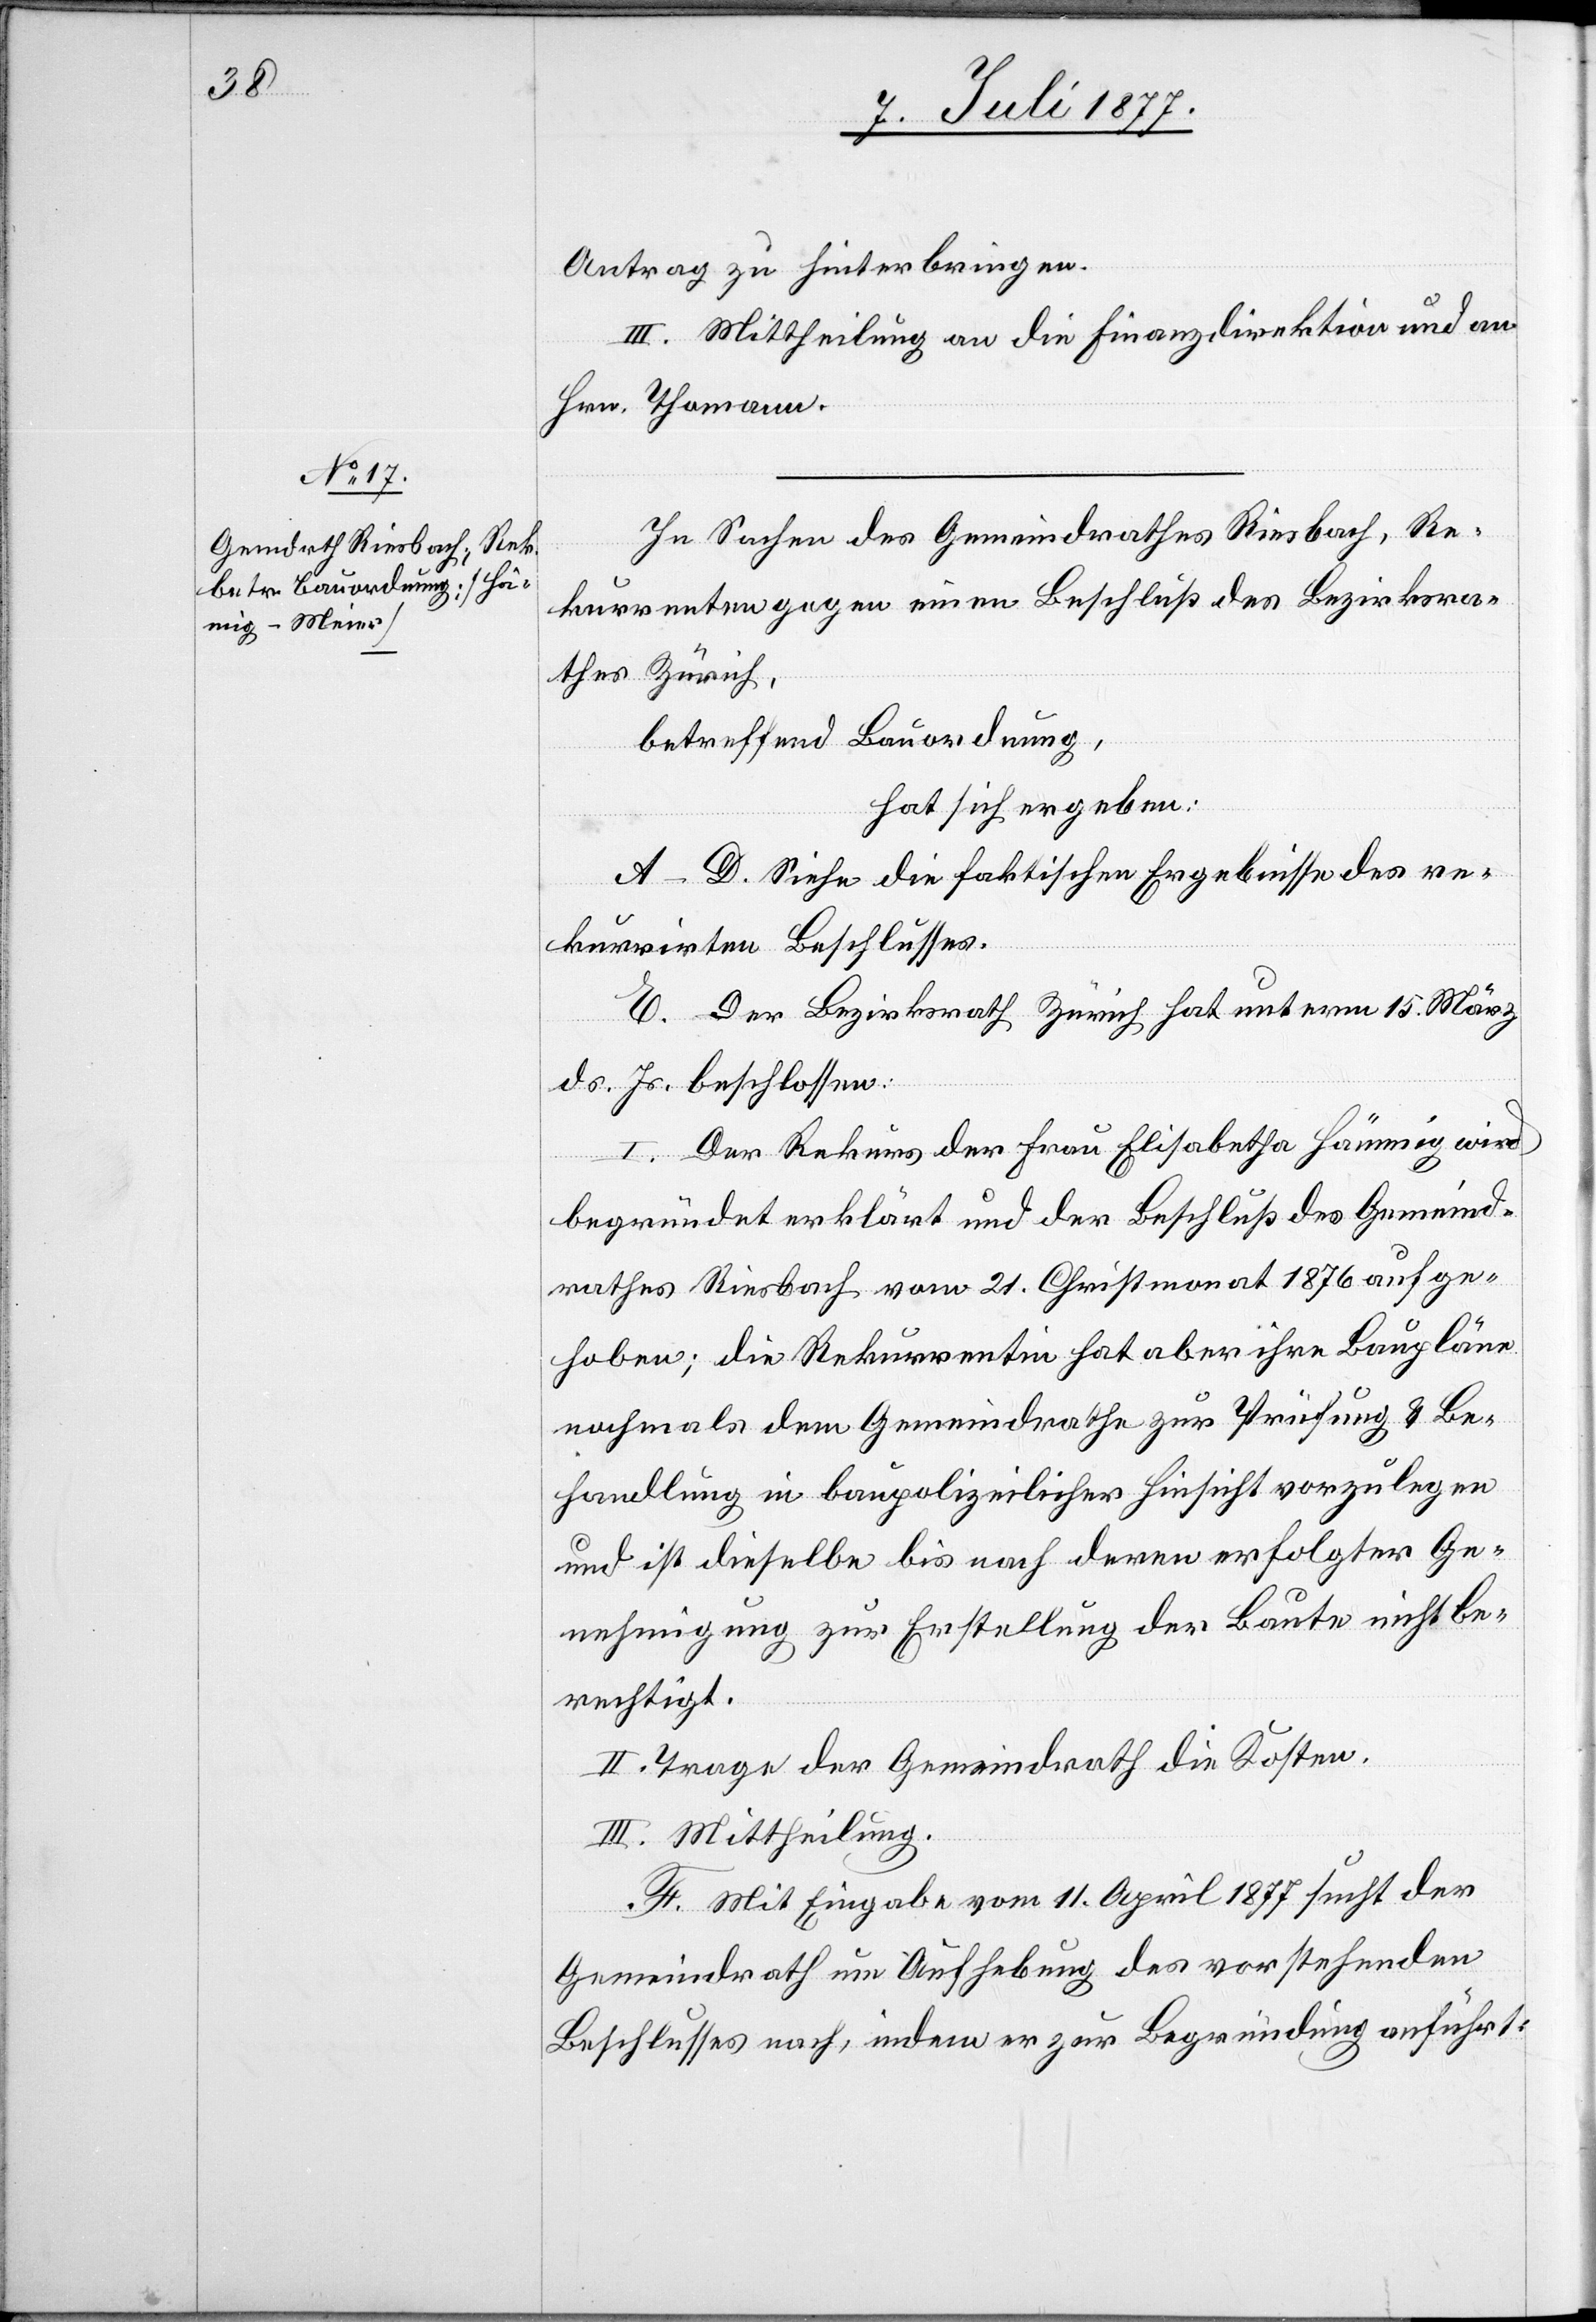
Antrag zu hinterbringen.
III. Mittheilung an die Finanzdirektion und an
Hrn. Thomann.
In Sachen des Gemeindrathes Riesbach, Re¬
kurrenten gegen einen Beschluß des Bezirksra¬
thes Zürich,
betreffend Bauordnung,
hat sich ergeben:
A–D. Siehe die faktischen Ergebnisse des re¬
kurrirten Beschlusses.
E. Der Bezirksrath Zürich hat unterm 15. März
ds. Js. beschlossen:
I. Der Rekurs der Frau Elisabetha Hämmig
begründet erklärt und der Beschluß des Gemeind¬
rathes Riesbach vom 21. Christmonat 1876 aufge¬
hoben; die Rekurrentin hat aber ihre Baupläne
nochmals dem Gemeindrathe zur Prüfung & Be¬
handlung in baupolizeilicher Hinsicht vorzulegen
und ist dieselbe bis nach deren erfolgter Ge¬
nehmigung zur Erstellung der Baute nicht be¬
rechtigt.
II. Trage der Gemeindrath die Kosten.
III. Mittheilung.
F. Mit Eingabe vom 11. April 1877 sucht der
Gemeindrath um Aufhebung des vorstehenden
Beschlusses nach, indem er zur Begründung anführt: